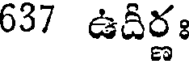
637 ఉదీర్ణః